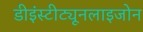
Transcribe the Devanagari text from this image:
डीइंस्टीट्यूनलाइजोन